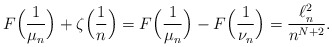
\begin{align*}F\Big(\frac{1}{\mu_n}\Big)+\zeta\Big(\frac{1}{n}\Big)=F\Big(\frac{1}{\mu_n}\Big)-F\Big(\frac{1}{\nu_n}\Big) = \frac{\ell^2_n}{n^{N+2}}.\end{align*}